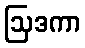
ဩဒကာ